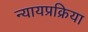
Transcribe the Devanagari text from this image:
न्यायप्रक्रिया